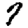
Digit: 7